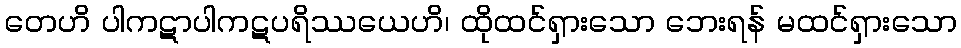
တေဟိ ပါကဋာပါကဋပရိဿယေဟိ၊ ထိုထင်ရှားသော ဘေးရန် မထင်ရှားသော